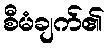
စီမံချက်၏